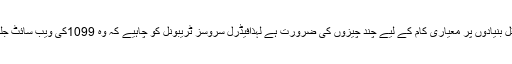
اس ہیلپ لائن کو مستقل بنیادوں پر معیاری کام کے لیے چند چیزوں کی ضرورت ہے لہذافیڈرل سروسز ٹریبونل کو چاہیے کہ وہ 1099کی ویب سائٹ جلد سے جلد لانچ کرے۔